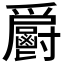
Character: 𩰨